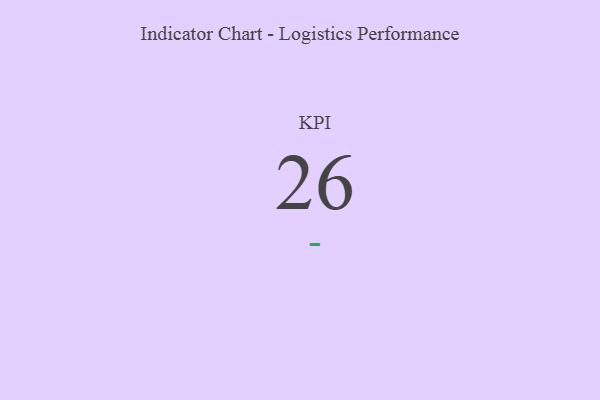
{"axis": {"x": "KPI", "y": "Value"}, "legend": [""], "data": [{"x": "KPI", "y": 26, "type": ""}]}